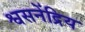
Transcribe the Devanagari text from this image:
श्वसनेंद्रिय